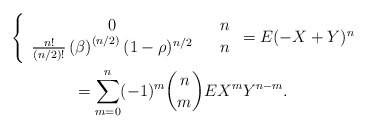
\begin{gather*}\left\{ \begin{array}{ccc}0 & & n \\ \frac{n!}{(n/2)!}\left( \beta \right) ^{\left( n/2\right) }(1-\rho )^{n/2} & & n\end{array}\right. =E(-X+Y)^{n}\allowbreak \\=\sum_{m=0}^{n}(-1)^{m}\binom{n}{m}EX^{m}Y^{n-m}.\allowbreak\end{gather*}